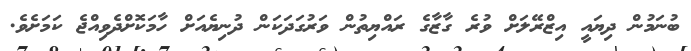
ބުނަމުން ދިޔައީ އިޒްރޭލަށް ވުރެ ގާޒާގެ ރައްޔިތުން ވަރުގަދަކަން ދުނިޔެއަށް ހާމަކޮށްދެވިއްޖެ ކަމަށެވެ.